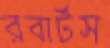
রবার্টস